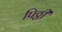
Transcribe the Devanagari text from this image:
पिठ्ठी